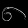
Digit: ၈